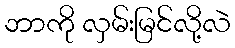
ဘာကို လှမ်းမြင်လို့လဲ